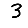
Digit: 3